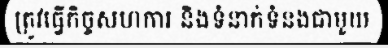
ត្រូវធ្វើកិច្ចសហការ និងទំនាក់ទំនងជាមួយ